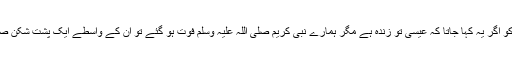
صحابہؓ کو اگر یہ کہا جاتا کہ عیسیٰ ؑتو زندہ ہے مگر ہمارے نبی کریم صلی اللہ علیہ وسلم فوت ہو گئے تو اُن کے واسطے ایک پشت شکن صدمہ تھا۔